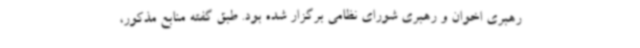
رهبری اخوان و رهبری شورای نظامی برگزار شده بود. طبق گفته منابع مذکور،